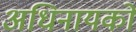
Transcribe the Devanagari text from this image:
अधिनायको